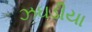
ઝઘડીયા